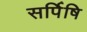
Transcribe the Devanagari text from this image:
सर्पिषि